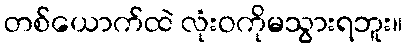
တစ်ယောက်ထဲ လုံးဝကိုမသွားရဘူး။